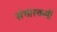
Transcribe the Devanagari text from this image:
संचारकर्मी